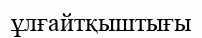
ұлғайтқыштығы